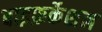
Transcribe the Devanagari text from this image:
बाइफ़र्केशन